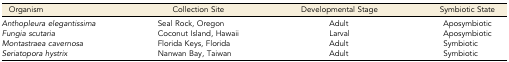
<table><thead><tr><td><b>Organism</b></td><td><b>Collection Site</b></td><td><b>Developmental Stage</b></td><td><b>Symbiotic State</b></td></tr></thead><tbody><tr><td><i>Anthopleura elegantissima</i></td><td>Seal Rock, Oregon</td><td>Adult</td><td>Aposymbiotic</td></tr><tr><td><i>Fungia scutaria</i></td><td>Coconut Island, Hawaii</td><td>Larval</td><td>Aposymbiotic</td></tr><tr><td><i>Montastraea cavernosa</i></td><td>Florida Keys, Florida</td><td>Adult</td><td>Symbiotic</td></tr><tr><td><i>Seriatopora hystrix</i></td><td>Nanwan Bay, Taiwan</td><td>Adult</td><td>Symbiotic</td></tr></tbody></table>